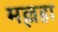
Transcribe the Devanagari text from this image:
मल्लहा